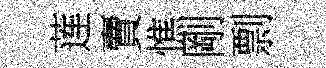
莲賣憔剛剽